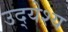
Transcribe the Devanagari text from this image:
उद्‍येश्य